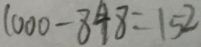
1 0 0 0 - 8 4 8 = 1 5 2